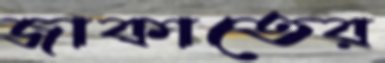
জাকাতের